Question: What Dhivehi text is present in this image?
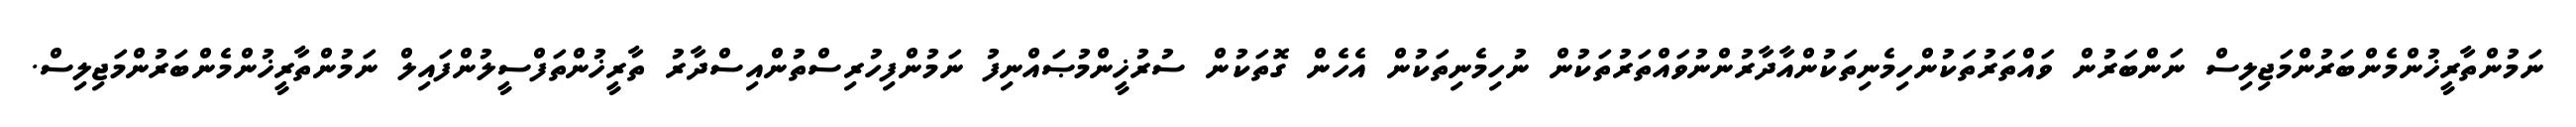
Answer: ނަމުންތާރީޚުންމެންބަރުންމަޖިލިސް ނަންބަރުން ވައްތަރުތަކުންހިމެނިތަކުންއާދާރުންނުވައްތަރުތަކުން ނުހިމެނިތަކުން އެހެން ގޮތަކުން ސުރުޚީންމުޞައްނިފު ނަމުންފިހުރިސްތުންއިސްދާރު ތާރީޚުންތަފްސީލުންފައިލް ނަމުންތާރީޚުންމެންބަރުންމަޖިލިސް.